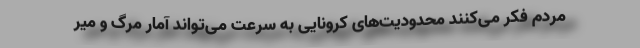
مردم فکر می‌کنند محدودیت‌های کرونایی به سرعت می‌تواند آمار مرگ و میر